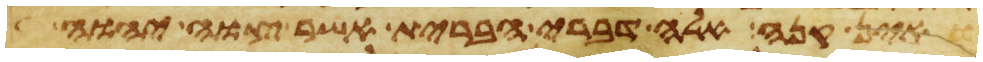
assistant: ואין קנה אלה דברי הברית אשר צוה יהוה